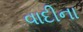
વાદીના